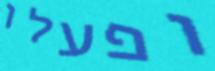
ופעלו